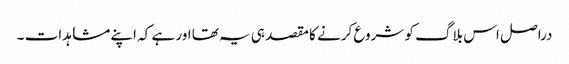
دراصل اس بلاگ کو شروع کرنے کا مقصد ہی یہ تھا اور ہے کہ اپنے مشاہدات ۔